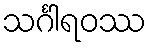
သင်္ဂါရဝဿ